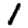
Digit: 1